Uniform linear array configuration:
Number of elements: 32
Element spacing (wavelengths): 0.25
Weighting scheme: cosine
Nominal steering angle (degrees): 60
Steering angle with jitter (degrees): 58.782
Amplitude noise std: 0.05
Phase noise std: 0.05

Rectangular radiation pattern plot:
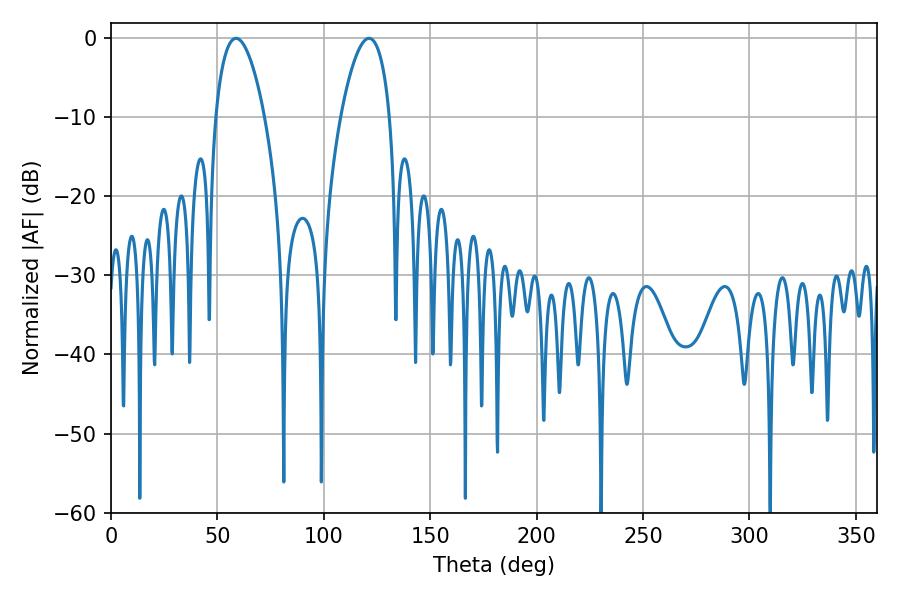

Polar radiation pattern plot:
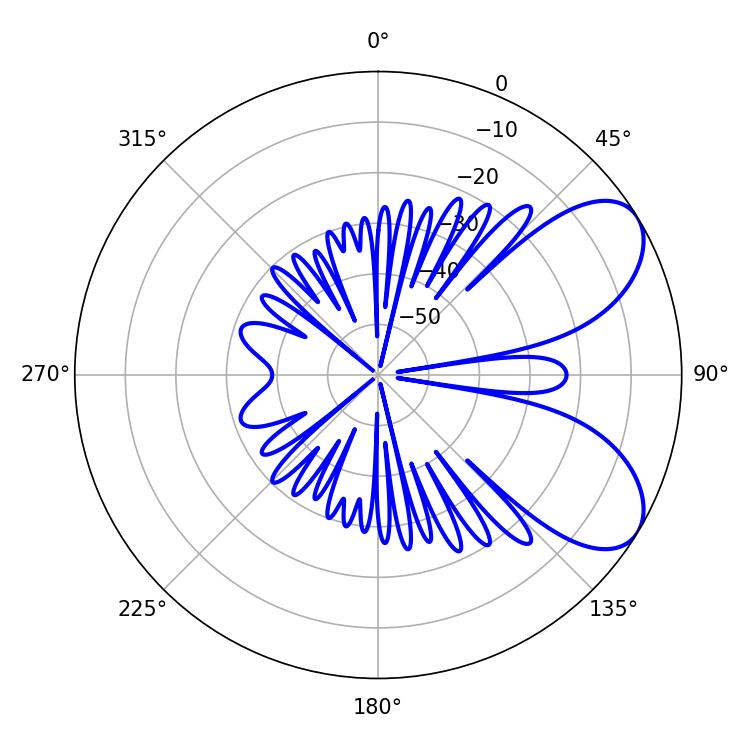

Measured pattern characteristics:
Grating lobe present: FALSE
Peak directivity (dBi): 6.843
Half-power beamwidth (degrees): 12.96
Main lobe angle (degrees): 58.68